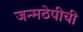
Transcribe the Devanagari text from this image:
जन्मठेपीची